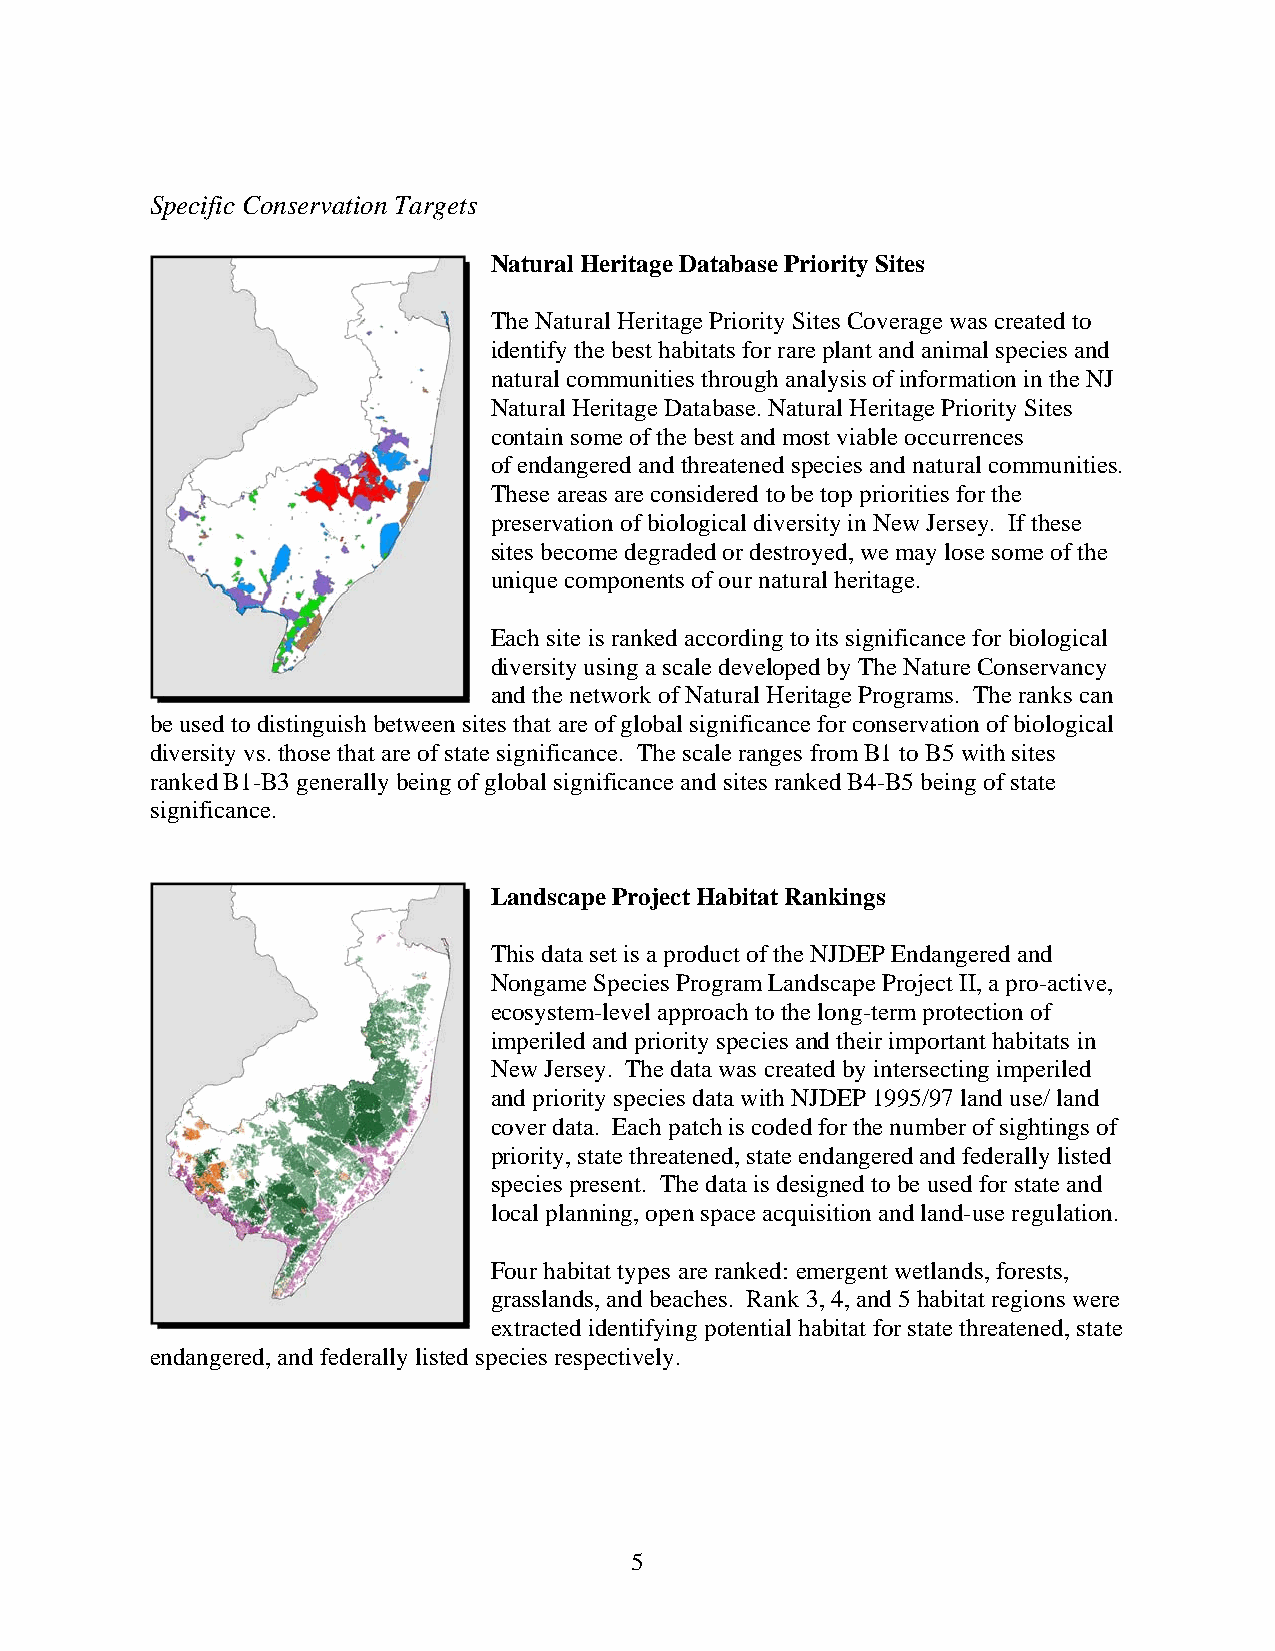
Specific Conservation Targets
 Natural Heritage Database Priority Sites
 The Natural Heritage Priority Sites Coverage was created to
 identify the best habitats for rare plant and animal species and
 natural communities through analysis of information in the NJ
 Natural Heritage Database. Natural Heritage Priority Sites
 contain some of the best and most viable occurrences
 of endangered and threatened species and natural communities.
 These areas are considered to be top priorities for the
 preservation of biological diversity in New Jersey. If these
 sites become degraded or destroyed, we may lose some of the
 unique components of our natural heritage.
 Each site is ranked according to its significance for biological
 diversity using a scale developed by The Nature Conservancy
 and the network of Natural Heritage Programs. The ranks can
 be used to distinguish between sites that are of global significance for conservation of biological
 diversity vs. those that are of state significance. The scale ranges from B1 to B5 with sites
 ranked B1-B3 generally being of global significance and sites ranked B4-B5 being of state
 significance.
 Landscape Project Habitat Rankings
 This data set is a product of the NJDEP Endangered and
 Nongame Species Program Landscape Project II, a pro-active,
 ecosystem-level approach to the long-term protection of
 imperiled and priority species and their important habitats in
 New Jersey. The data was created by intersecting imperiled
 and priority species data with NJDEP 1995/97 land use/ land
 cover data. Each patch is coded for the number of sightings of
 priority, state threatened, state endangered and federally listed
 species present. The data is designed to be used for state and
 local planning, open space acquisition and land-use regulation.
 Four habitat types are ranked: emergent wetlands, forests,
 grasslands, and beaches. Rank 3, 4, and 5 habitat regions were
 extracted identifying potential habitat for state threatened, state
 endangered, and federally listed species respectively.
 5